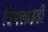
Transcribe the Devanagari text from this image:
ट्रिपलोइडी